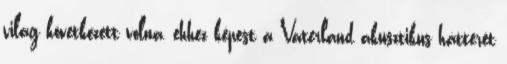
világ következett volna, ehhez képest a Vaterland akusztikus hátterét